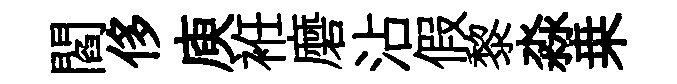
閻侈庾袵磨沾假黎淼桒